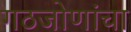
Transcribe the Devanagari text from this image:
गठजोणांचा